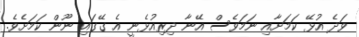
ވަދެ އުޅޭ ކަމަށާއި ނަމަވެސް އޭނާ ދިރިއުޅެނީ އެ ގޭގައި ނޫން ކަމަށެވެ.